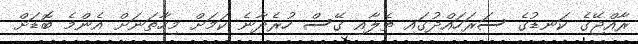
ރާއްޖޭގެ ކަނޑުގެ ސަރަހައްދުގައި ތެލާއި ގޭސް ހުރެދާނެ ކަމަށް މިހާތަނަށް އެންމެ ބޮޑަށް